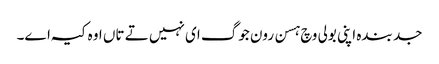
جد بندہ اپنی بولی وچ ہسن رون جوگ ای نہیں تے تاں اوہ کیہ اے۔